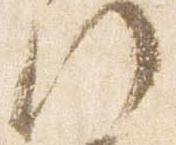
門